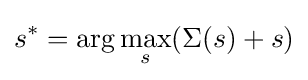
s^{*}=\arg \max _{s}(\Sigma (s)+s)